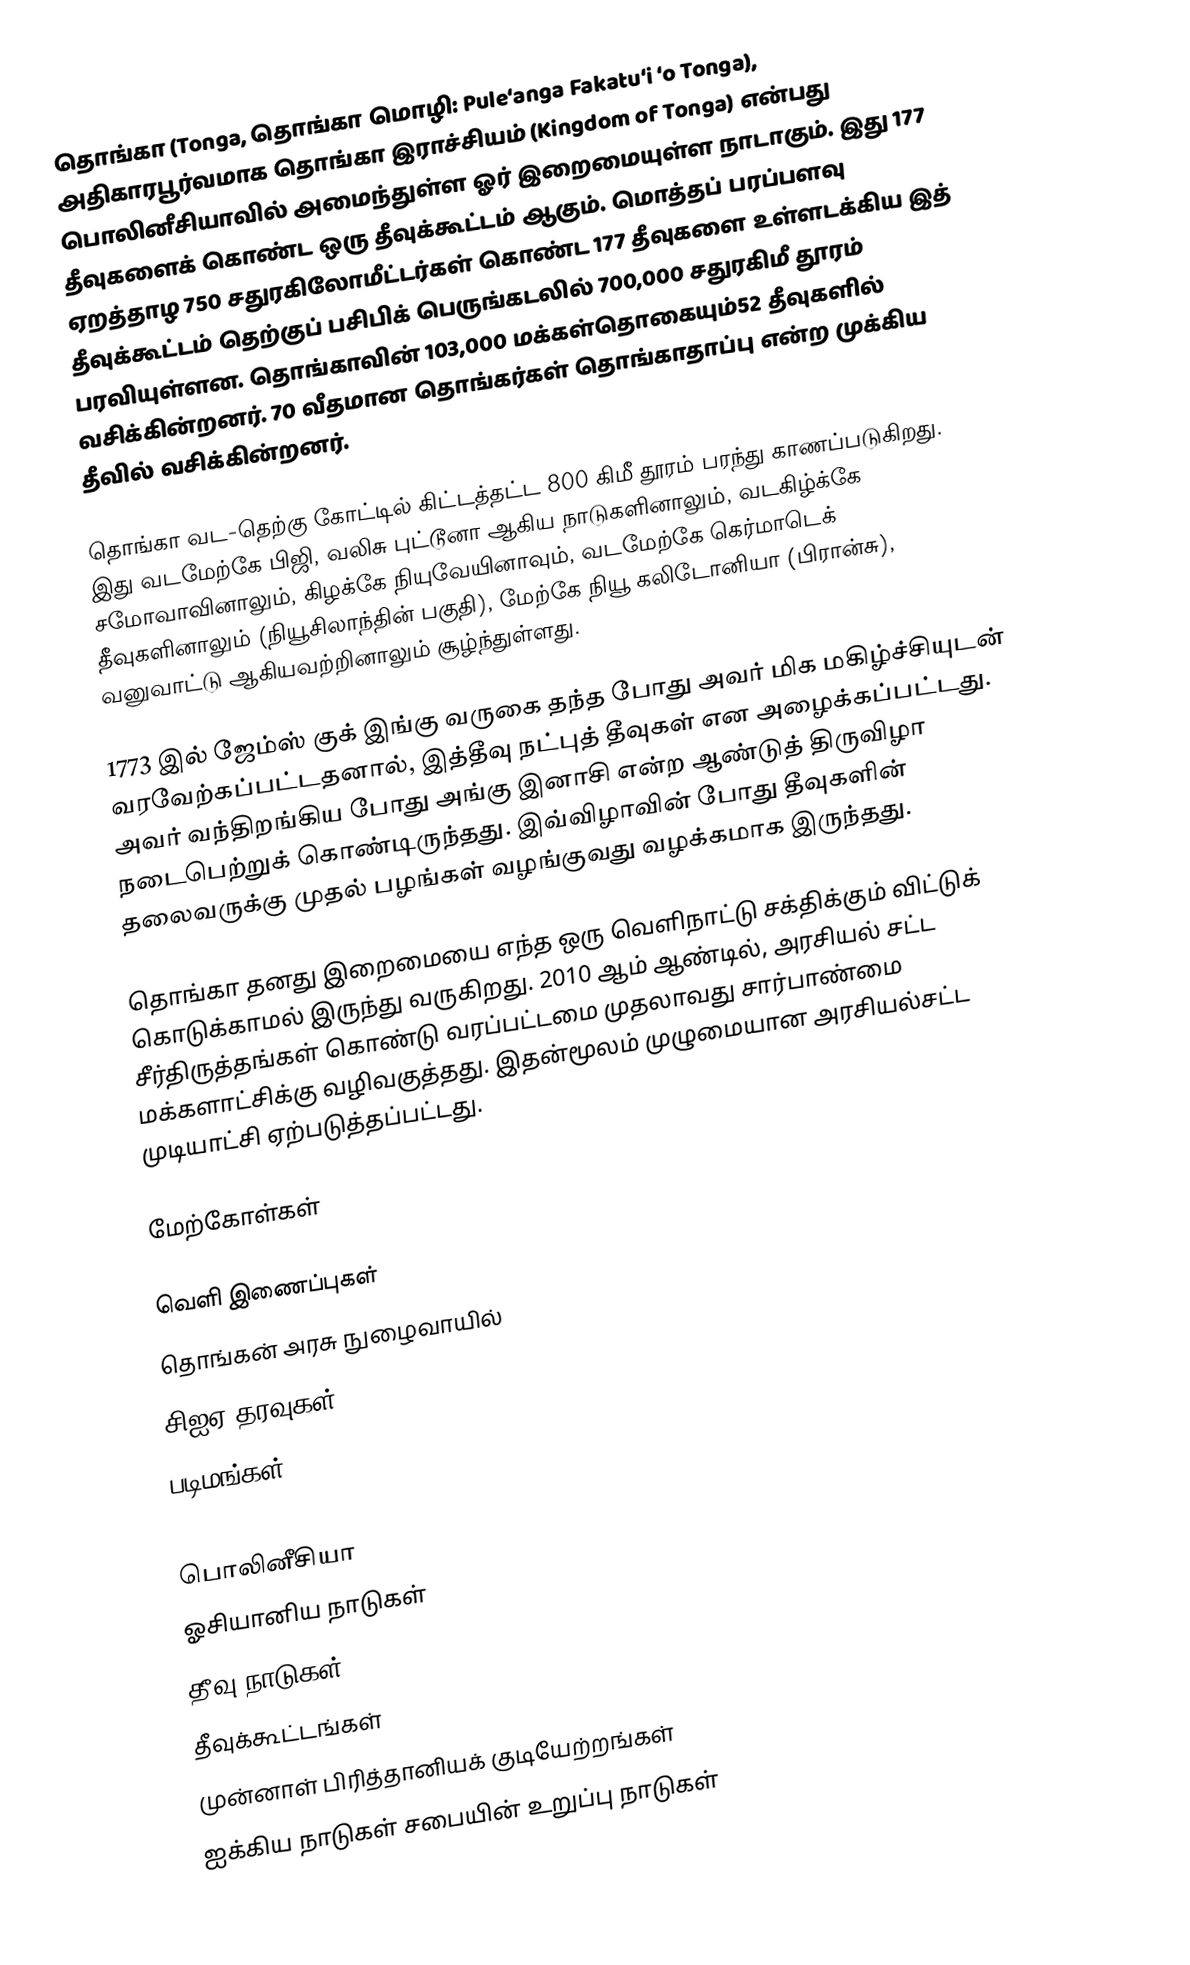
தொங்கா (Tonga, தொங்கா மொழி: Puleʻanga Fakatuʻi ʻo Tonga), அதிகாரபூர்வமாக தொங்கா இராச்சியம் (Kingdom of Tonga) என்பது பொலினீசியாவில் அமைந்துள்ள ஓர் இறைமையுள்ள நாடாகும். இது 177 தீவுகளைக் கொண்ட ஒரு தீவுக்கூட்டம் ஆகும். மொத்தப் பரப்பளவு ஏறத்தாழ 750 சதுரகிலோமீட்டர்கள் கொண்ட 177 தீவுகளை உள்ளடக்கிய இத் தீவுக்கூட்டம் தெற்குப் பசிபிக் பெருங்கடலில் 700,000 சதுரகிமீ தூரம் பரவியுள்ளன. தொங்காவின் 103,000 மக்கள்தொகையும்52 தீவுகளில் வசிக்கின்றனர். 70 வீதமான தொங்கர்கள் தொங்காதாப்பு என்ற முக்கிய தீவில் வசிக்கின்றனர்.

தொங்கா வட-தெற்கு கோட்டில் கிட்டத்தட்ட 800 கிமீ தூரம் பரந்து காணப்படுகிறது. இது வடமேற்கே பிஜி, வலிசு புட்டூனா ஆகிய நாடுகளினாலும், வடகிழ்க்கே சமோவாவினாலும், கிழக்கே நியுவேயினாவும், வடமேற்கே கெர்மாடெக் தீவுகளினாலும் (நியூசிலாந்தின் பகுதி), மேற்கே நியூ கலிடோனியா (பிரான்சு), வனுவாட்டு ஆகியவற்றினாலும் சூழ்ந்துள்ளது.

1773 இல் ஜேம்ஸ் குக் இங்கு வருகை தந்த போது அவர் மிக மகிழ்ச்சியுடன் வரவேற்கப்பட்டதனால், இத்தீவு நட்புத் தீவுகள் என அழைக்கப்பட்டது. அவர் வந்திறங்கிய போது அங்கு இனாசி என்ற ஆண்டுத் திருவிழா நடைபெற்றுக் கொண்டிருந்தது. இவ்விழாவின் போது தீவுகளின் தலைவருக்கு முதல் பழங்கள் வழங்குவது வழக்கமாக இருந்தது.

தொங்கா தனது இறைமையை எந்த ஒரு வெளிநாட்டு சக்திக்கும் விட்டுக் கொடுக்காமல் இருந்து வருகிறது. 2010 ஆம் ஆண்டில், அரசியல் சட்ட சீர்திருத்தங்கள் கொண்டு வரப்பட்டமை முதலாவது சார்பாண்மை மக்களாட்சிக்கு வழிவகுத்தது. இதன்மூலம் முழுமையான அரசியல்சட்ட முடியாட்சி ஏற்படுத்தப்பட்டது.

மேற்கோள்கள்

வெளி இணைப்புகள்
 தொங்கன் அரசு நுழைவாயில்
 சிஐஏ தரவுகள்
 படிமங்கள்

பொலினீசியா
ஓசியானிய நாடுகள்
தீவு நாடுகள்
தீவுக்கூட்டங்கள்
முன்னாள் பிரித்தானியக் குடியேற்றங்கள்
ஐக்கிய நாடுகள் சபையின் உறுப்பு நாடுகள்